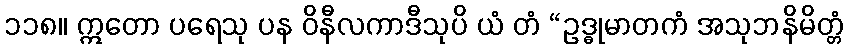
၁၁၈။ ဣတော ပရေသု ပန ဝိနီလကာဒီသုပိ ယံ တံ “ဥဒ္ဓုမာတကံ အသုဘနိမိတ္တံ